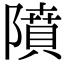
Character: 隫